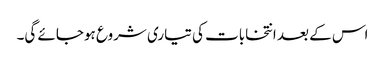
اس کے بعد انتخابات کی تیاری شروع ہوجائے گی۔